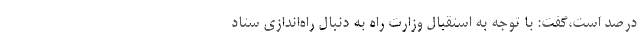
درصد است،‌گفت: با توجه به استقبال وزارت راه به دنبال راه‌اندازی ستاد